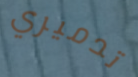
تدميري